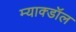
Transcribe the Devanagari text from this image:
म्याक्डॉल